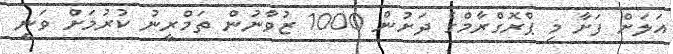
އަލަށް ފަށާ މި ޕްރޮގްރާމްގެ ދަށުން 1000 ޒުވާނުން ތަމްރީނު ކުރުމަށް ވަނީ